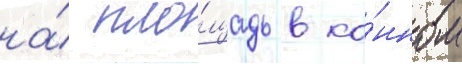
на́ пло́щадь в ко́нном